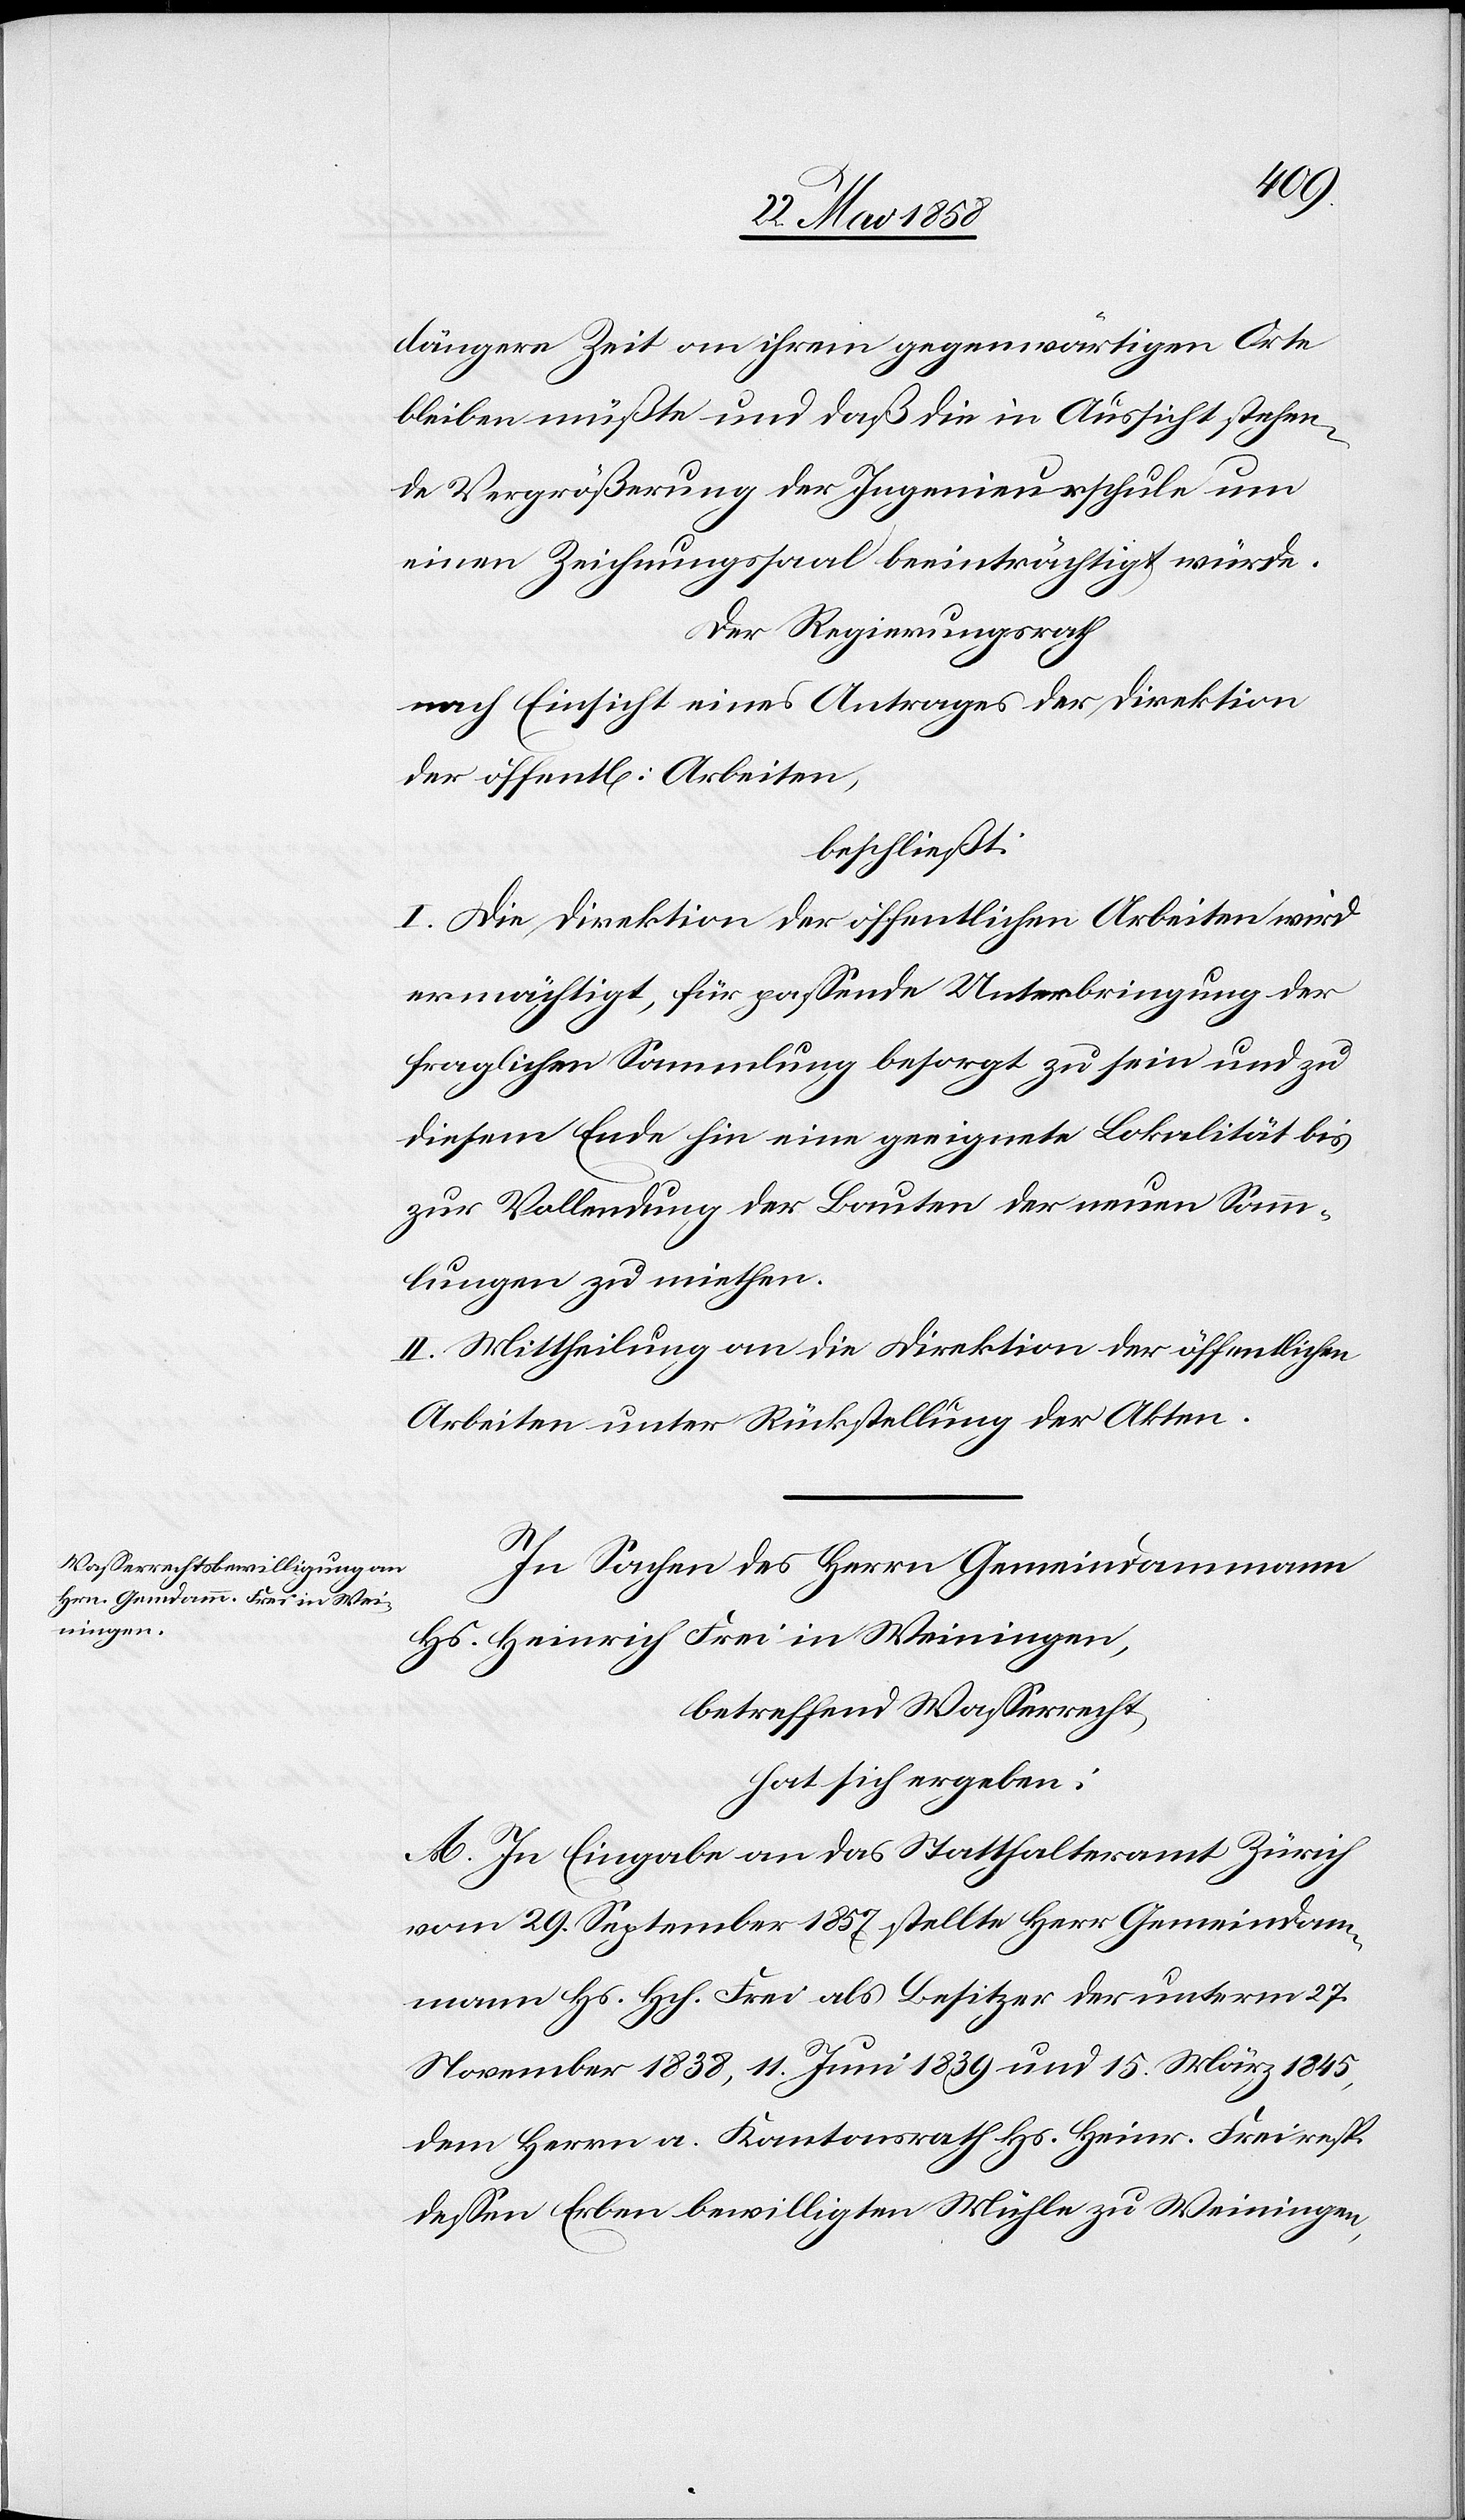
längere Zeit an ihrem gegenwärtigen Orte
bleiben müßte und daß die in Aussicht stehen¬
de Vergrößerung der Ingenieurschule um
einen Zeichnungssaal beeinträchtigt würde.
Der Regierungsrath
nach Einsicht eines Antrages der Direktion
der öffent[lichen] Arbeiten,
beschließt:
I. Die Direktion der öffentlichen Arbeiten wird
ermächtigt, für passende Unterbringung der
fraglichen Sammlung besorgt zu sein und zu
diesem Ende hin eine geeignete Lokalität bis
zur Vollendung der Bauten der neuen Samm¬
lungen zu miethen.
II. Mittheilung an die Direktion der öffentlichen
Arbeiten unter Rückstellung der Akten.
In Sachen des Herrn Gemeindammann
Hs. Heinrich Frei in Weiningen,
betreffend Wasserrecht,
hat sich ergeben:
A. In Eingabe an das Statthalteramt Zürich
vom 29. September 1857 stellte Herr Gemeindam¬
mann Hs. Hch. Frei als Besitzer der unterm 27.
November 1838, 11. Juni 1839 und 15. März 1845,
dem Herrn a. Kantonsrath Hs. Heinr. Frei resp.
dessen Erben bewilligten Mühle zu Weiningen,